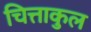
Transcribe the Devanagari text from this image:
चित्ताकुल